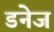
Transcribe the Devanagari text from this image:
डनेज